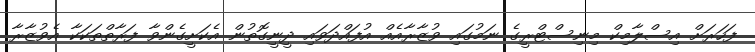
ފަހަރަށް އިސްލާމިކް މިނިސްޓްރީގެ ނަމުގައި ވުޒާރާއެއް އުފައްދަވައި ދީނީގޮތުން އެކަށީގެންވާ ފަރާތްތަކަކާ އެވުޒާރާ